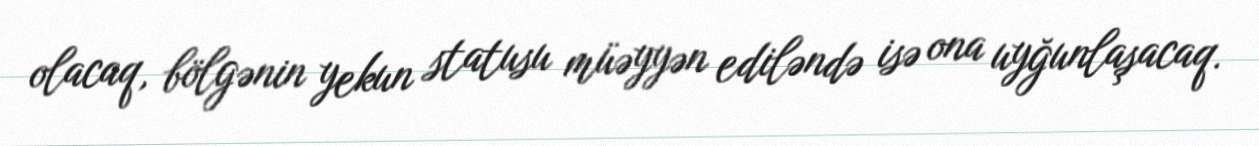
olacaq, bölgənin yekun statusu müəyyən ediləndə isə ona uyğunlaşacaq.